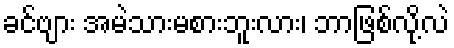
ခင်ဗျား အမဲသားမစားဘူးလား၊ ဘာဖြစ်လို့လဲ